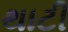
થાટી